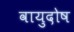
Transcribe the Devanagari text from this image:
वायुदोष